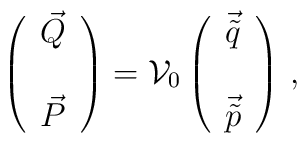
\left(\begin{array}{c}\vec{Q} \\\\\vec{P} \\\end{array}\right)  ={\cal V}_{0}\left( \begin{array}{c}\vec{\tilde{q}} \\\\\vec{\tilde{p}} \\\end{array} \right)\, ,